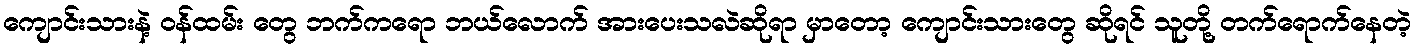
ကျောင်းသားနဲ့ ဝန်ထမ်း တွေ ဘက်ကရော ဘယ်လောက် အားပေးသလဲဆိုရာ မှာတော့ ကျောင်းသားတွေ ဆိုရင် သူတို့ တက်ရောက်နေတဲ့